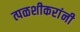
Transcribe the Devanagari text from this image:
त्पळशीकरांनी